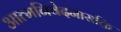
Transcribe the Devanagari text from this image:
आत्मनिवेदनासक्ति